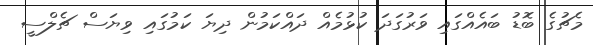
މެޗުގެ ބޮޑު ބައެއްގައި ވަރުގަދަ ކުޅުމެއް ދައްކަމުން ދިޔަ ކަމުގައި ވިޔަސް ޗެލްސީ